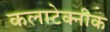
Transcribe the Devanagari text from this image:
कलाटेक्नीक